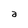
Character: a